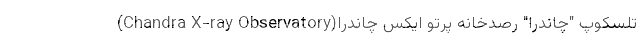
تلسکوپ "چاندرا" رصدخانه پرتو ایکس چاندرا(Chandra X-ray Observatory)